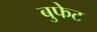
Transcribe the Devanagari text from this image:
बुफेट